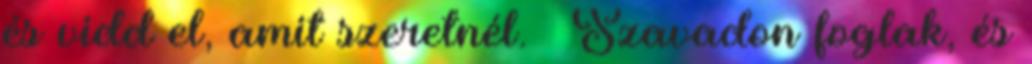
és vidd el, amit szeretnél. – Szavadon foglak, és